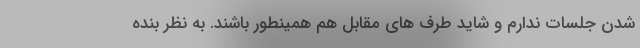
شدن جلسات ندارم و شاید طرف های مقابل هم همینطور باشند. به نظر بنده